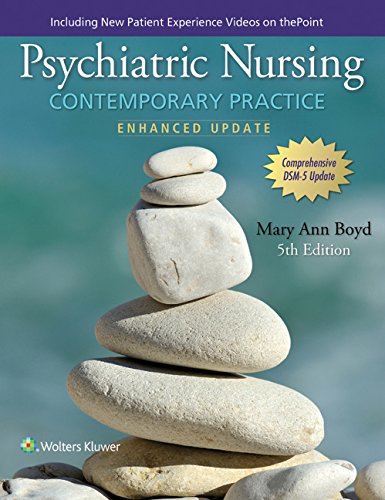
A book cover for Psychiatric Nursing: Contemporary Practice; Mary Ann Boyd PhD  DNS  RN  PMHCNS-BC; Medical Books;